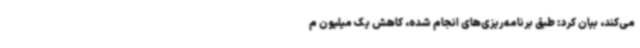
می‌کند، بیان کرد: طبق برنامه‌ریزی‌های انجام شده، کاهش یک میلیون م